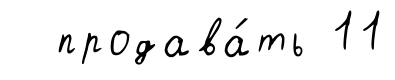
продава́ть 11